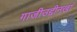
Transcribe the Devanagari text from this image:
गाजीउद्दीनखां